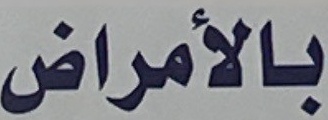
بالأمراض